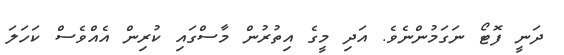
ދަނީ ފޮޓޯ ނަގަމުންނެވެ. އަދި މީގެ އިތުރުން މާސްގައި ކުރިން އެއްވެސް ކަހަލަ